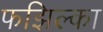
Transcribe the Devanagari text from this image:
फझिल्का